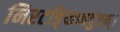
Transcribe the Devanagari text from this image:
निरटङ्किच्चदुष्टम्।